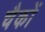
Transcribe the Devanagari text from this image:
चैकों